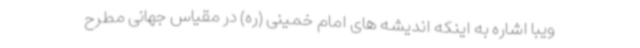
ویبا اشاره به اینکه اندیشه های امام خمینی (ره) در مقیاس جهانی مطرح